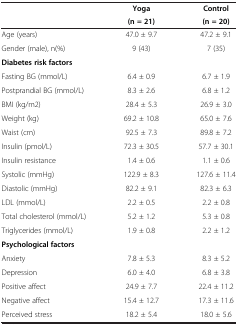
<table><thead><tr><td rowspan="2"><b> </b></td><td><b>Yoga</b></td><td><b>Control</b></td></tr><tr><td><b>(n = 21)</b></td><td><b>(n = 20)</b></td></tr></thead><tbody><tr><td>Age (years)</td><td>47.0 ± 9.7</td><td>47.2 ± 9.1</td></tr><tr><td>Gender (male), n(%)</td><td>9 (43)</td><td>7 (35)</td></tr><tr><td colspan="3"><b>Diabetes risk factors</b></td></tr><tr><td>Fasting BG (mmol/L)</td><td>6.4 ± 0.9</td><td>6.7 ± 1.9</td></tr><tr><td>Postprandial BG (mmol/L)</td><td>8.3 ± 2.6</td><td>6.8 ± 1.2</td></tr><tr><td>BMI (kg/m2)</td><td>28.4 ± 5.3</td><td>26.9 ± 3.0</td></tr><tr><td>Weight (kg)</td><td>69.2 ± 10.8</td><td>65.0 ± 7.6</td></tr><tr><td>Waist (cm)</td><td>92.5 ± 7.3</td><td>89.8 ± 7.2</td></tr><tr><td>Insulin (pmol/L)</td><td>72.3 ± 30.5</td><td>57.7 ± 30.1</td></tr><tr><td>Insulin resistance</td><td>1.4 ± 0.6</td><td>1.1 ± 0.6</td></tr><tr><td>Systolic (mmHg)</td><td>122.9 ± 8.3</td><td>127.6 ± 11.4</td></tr><tr><td>Diastolic (mmHg)</td><td>82.2 ± 9.1</td><td>82.3 ± 6.3</td></tr><tr><td>LDL (mmol/L)</td><td>2.2 ± 0.5</td><td>2.2 ± 0.8</td></tr><tr><td>Total cholesterol (mmol/L)</td><td>5.2 ± 1.2</td><td>5.3 ± 0.8</td></tr><tr><td>Triglycerides (mmol/L)</td><td>1.9 ± 0.8</td><td>2.2 ± 1.2</td></tr><tr><td colspan="3"><b>Psychological factors</b></td></tr><tr><td>Anxiety</td><td>7.8 ± 5.3</td><td>8.3 ± 5.2</td></tr><tr><td>Depression</td><td>6.0 ± 4.0</td><td>6.8 ± 3.8</td></tr><tr><td>Positive affect</td><td>24.9 ± 7.7</td><td>22.4 ± 11.2</td></tr><tr><td>Negative affect</td><td>15.4 ± 12.7</td><td>17.3 ± 11.6</td></tr><tr><td>Perceived stress</td><td>18.2 ± 5.4</td><td>18.0 ± 5.6</td></tr></tbody></table>